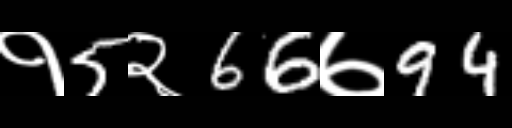
Text: १5२66७94